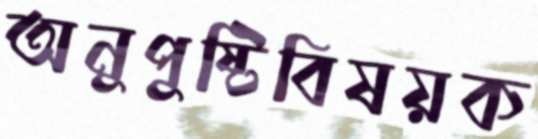
অনুপুষ্টিবিষয়ক